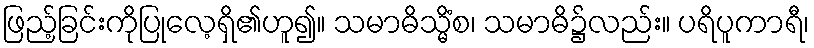
ဖြည့်ခြင်းကိုပြုလေ့ရှိ၏ဟူ၍။ သမာဓိသ္မိံစ၊ သမာဓိ၌လည်း။ ပရိပူကာရီ၊